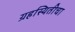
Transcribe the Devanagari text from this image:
ग्रहस्थितीचा